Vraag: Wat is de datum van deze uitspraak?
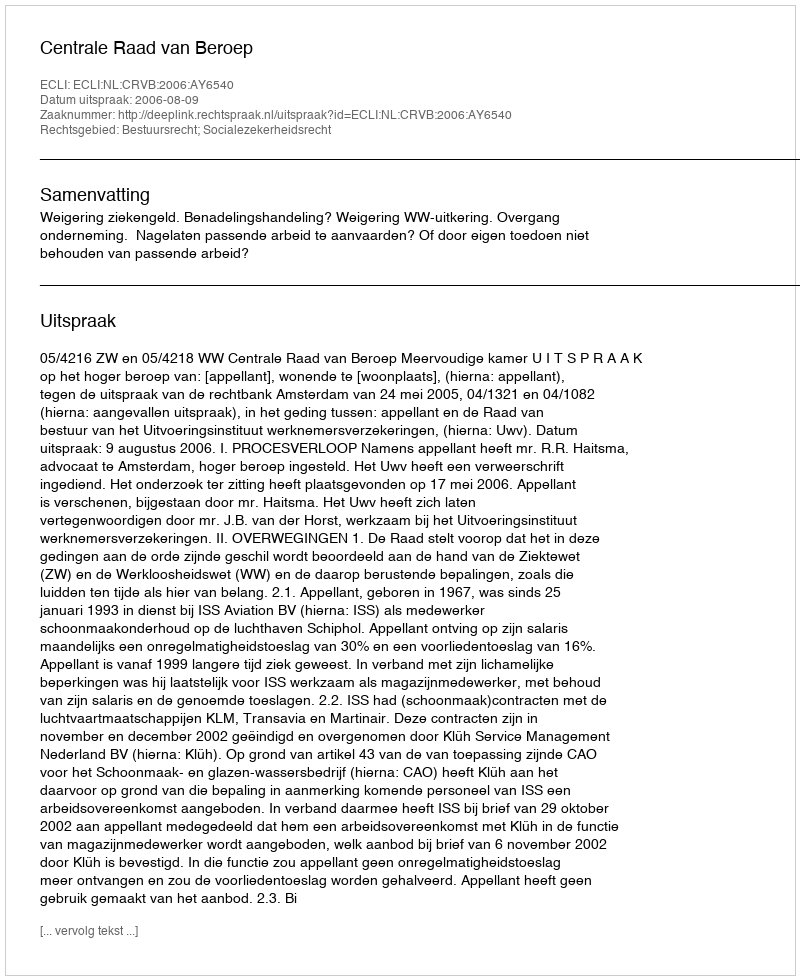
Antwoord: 2006-08-09